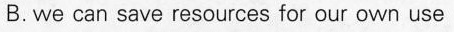
B. we can save resources for our own use